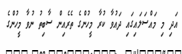
އަދި މި މައްސަލައިގައި ދައުވާ ކުރާ މީހުންގެ ތެރެއިން ސާބިތު ނުވާ މީހުންގެ